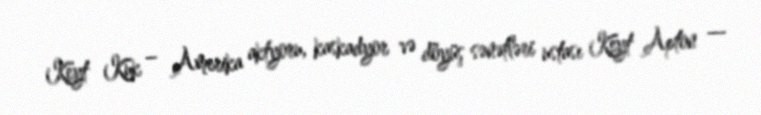
Keyt Kuk – Amerika aktyoru, kaskadyor və döyüş sənətləri ustası Keyt Apton —